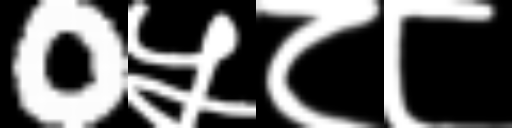
Text: 0५८८